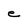
Character: e